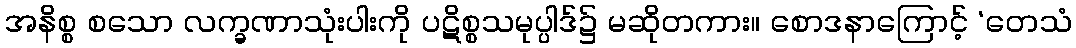
အနိစ္စ စသော လက္ခဏာသုံးပါးကို ပဋိစ္စသမုပ္ပါဒ်၌ မဆိုတကား။ စောဒနာကြောင့် ‘တေသံ